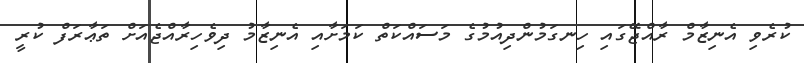
ކުރެވި އެނިޒާމް ރާއްޖޭގައި ހިނގަމުންދިއުމުގެ މަސައްކަތް ކަމަށާއި އެނިޒާމު ދިވެހިރާއްޖެއަށް ތަޢާރަފް ކުރީ